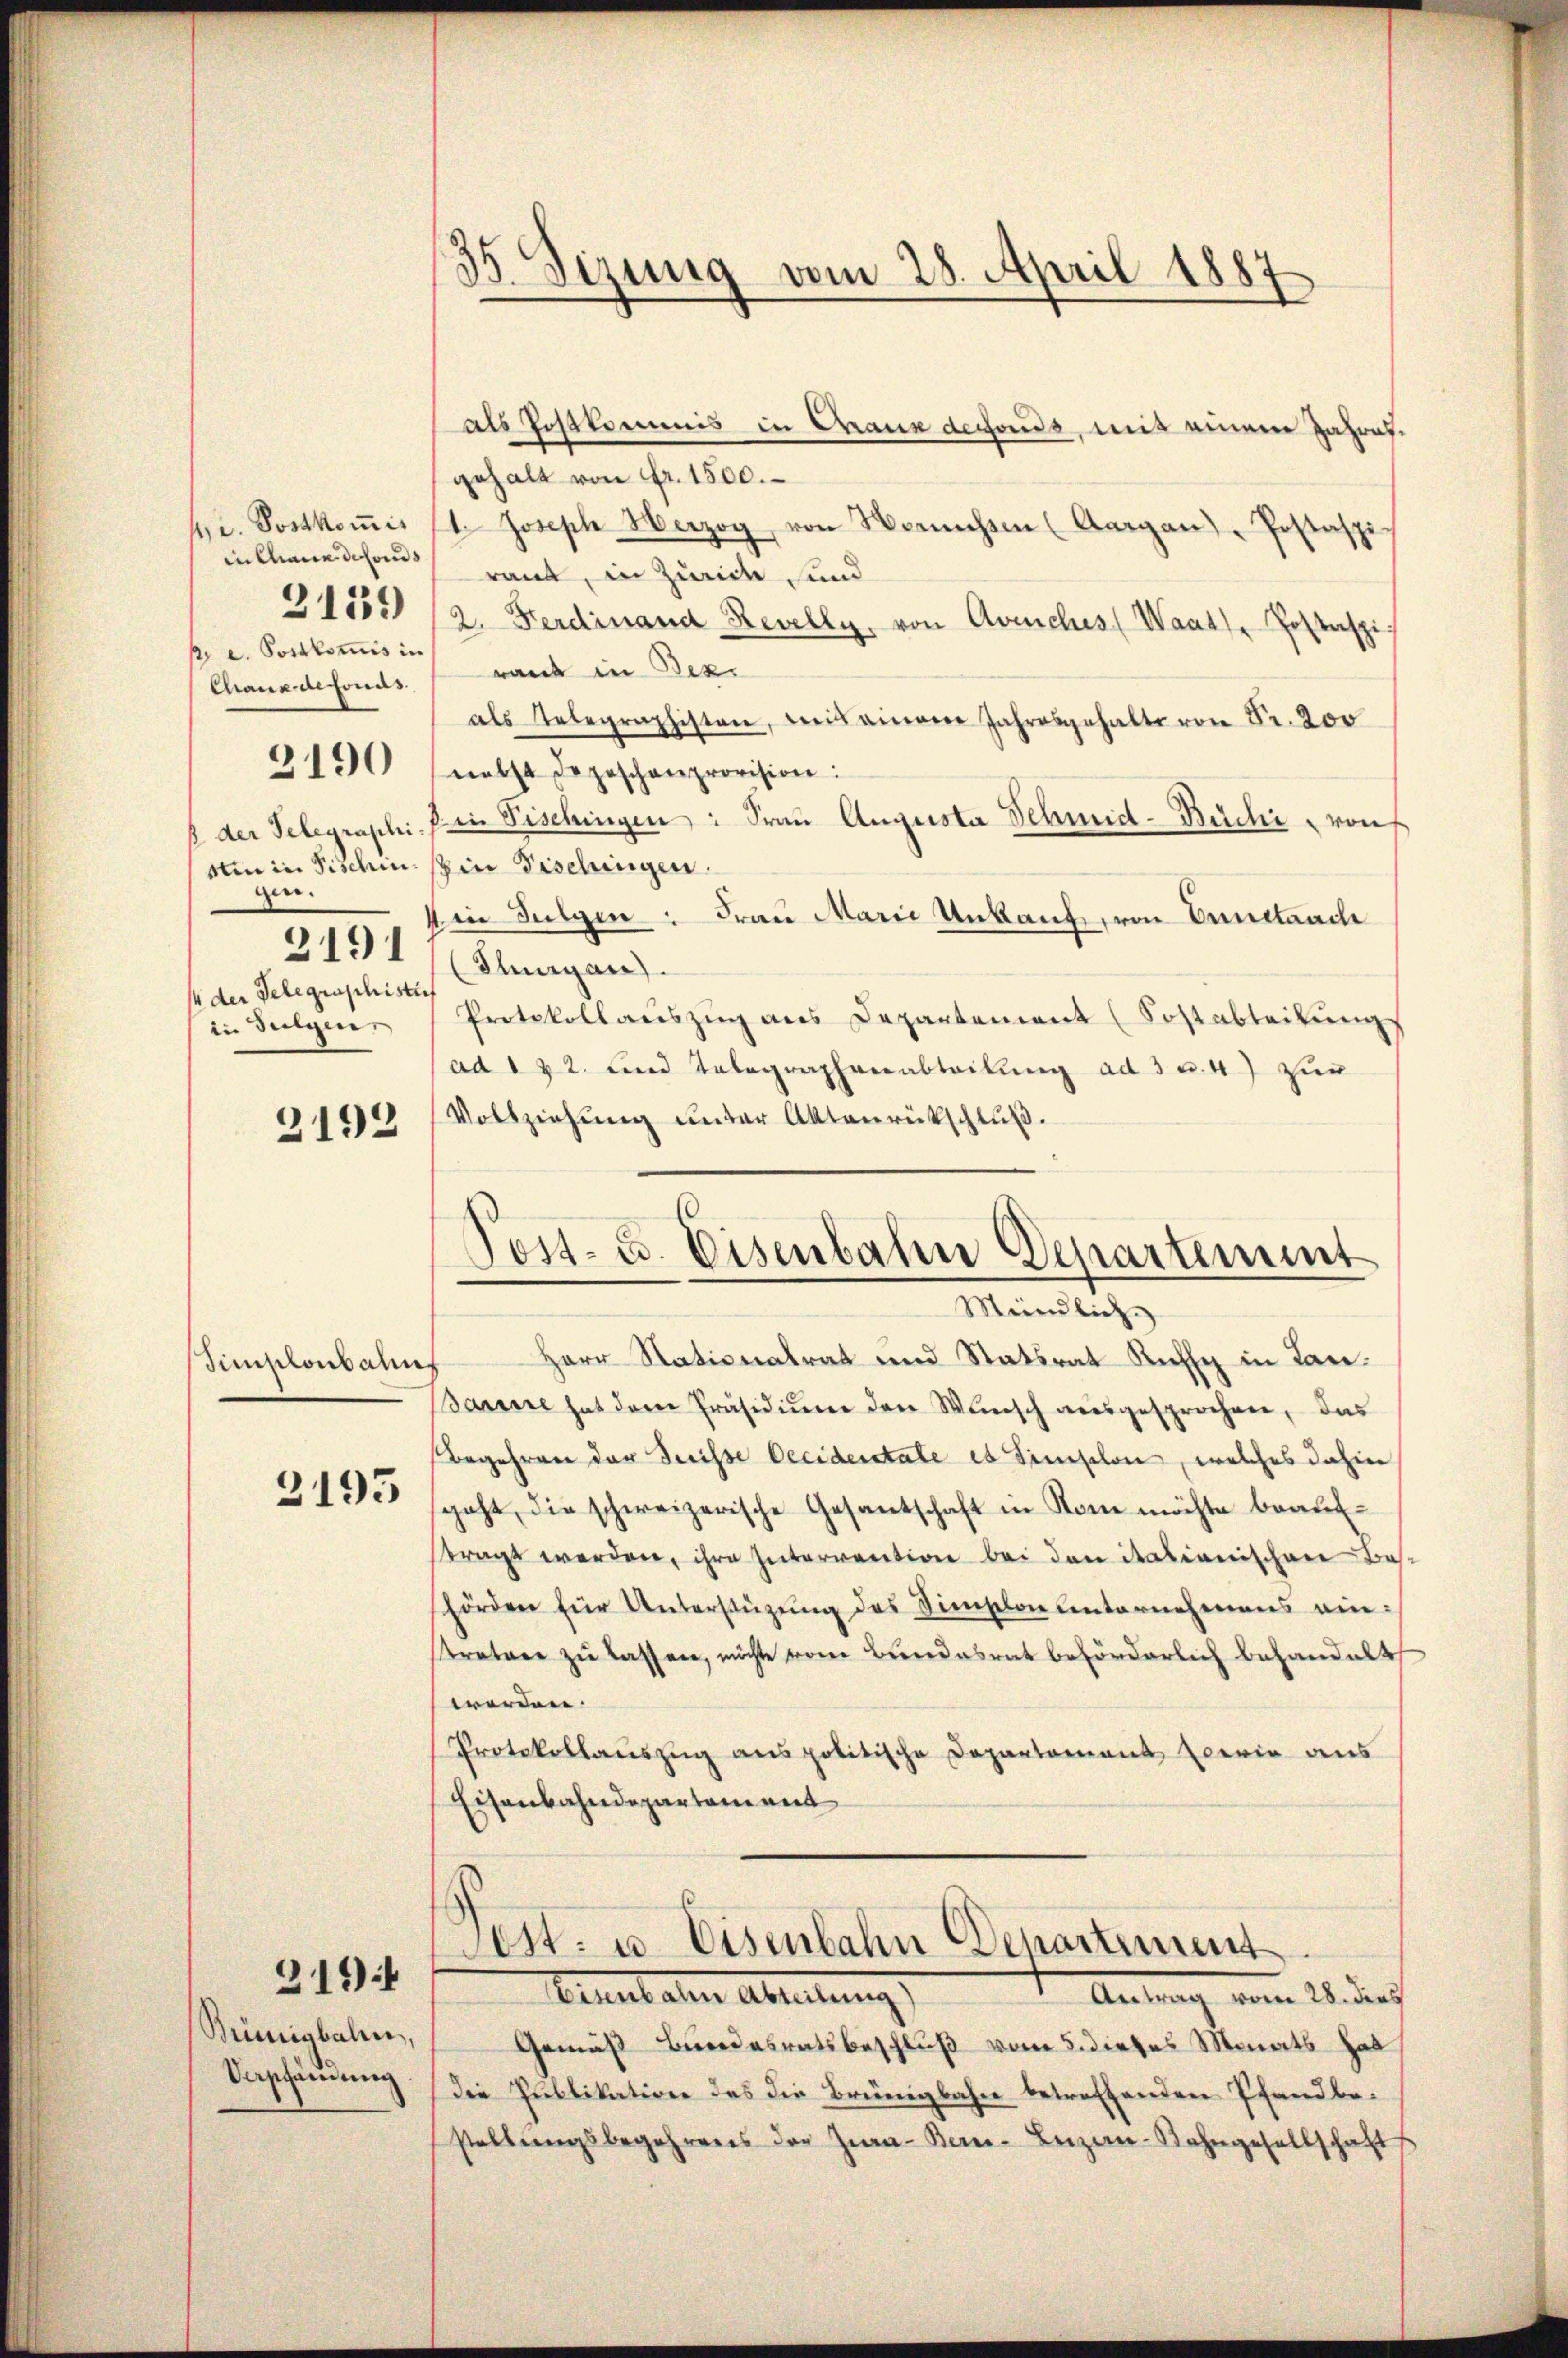
in Chann defonds
 e. Postkommis in
Chaux defonas.
der Telegraphigen.
2191
4 der Telegraphistis
in Sulgen,

2139

2190

2192

Simplonbalis

3195

219:

Münigbahn,
Veschändung

35. Sizung vom 28. April 1887

als Postkommnis in Graus defonds, mit einem Jahresgehalt von Fr. 1500.
hr. Postkoṁis 11. Joseph Herzog von Berichten (Aargau), Postaspi
raut, in Zürich, und
2. Ferdinand Revelly, von Avenches (Waadt Postspi
rand in Bezi
als Telegraphisten, weis einem Jahresgehalte von Fr. 200
nebst depeschenprovision:
in Fischingen: Frau Augusta Schmid-Büchi von
uin in Pischein sein Fischingen.
in Sulgen : Frau Marie Unkang, von Ennetauch
Thurgau
Protokollaŭszŭg ans Departement (Sostabteilŭng
ad 122. und Telegraphenabteilung ad 3 u. 4) zur
Vollziehung unter Aktenrückschluß.

Herr Nationalrat und Statsrat Kuh in Lan¬
Bareine hat der Präsidium den Wunsch ausgesprochen, das
Begehren der Suisse Oecidentale es simplon, welches dahin
geht, die schweizerische Gesantschaft in Rom möchte beaufstragt werden, ihre Interrention bei den italianischen Bashörden für Unterstützŭng des Simplon unternehmens einstratore zu lassen, möchte vom Bundesrat beförderlich behandelt
werden.
Protokollauszug aus politische Departement Emerie aus
Eisenbahndepartement
Post- u. Eisenbahn Denartiment
Aerart aller Abreitung
Antrag vom 28. dach
Gemäß Bundesratsbeschluß vom 5. dieses Monats hab
Die Publikation des die Brünigbahn betreffenden Pfandbestellŭngsbegehrens der Zwa-Ban- Beizim-Bahngesellschafts

Post- u. Eisenbahn Departement
Mündlich